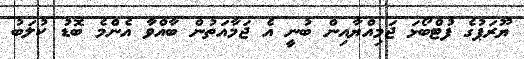
ޔޫރަޕުގެ ފުޓްބޯޅަ ޖަމިއްޔާއިން ބުނީ އެ ޖަމާއަތުން ބާއްވާ އެންމެ ބޮޑު ކުލަބު